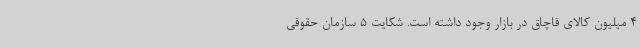
4 میلیون کالای قاچاق در بازار وجود داشته است. شکایت 5 سازمان حقوقی